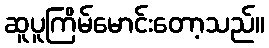
ဆူပူကြိမ်မောင်းတော့သည်။